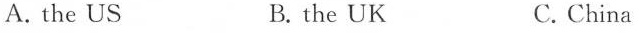
A.the US B.the UK C. China